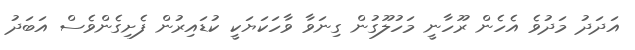
އަދަދު މަދުވެ އެހެން ރޫހާނީ މަހުލޫގުން ގިނަވާ ވާހަކަޔަކީ ކުޑައިރުން ފެށިގެންވެސް އަބަދު